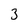
Character: 3